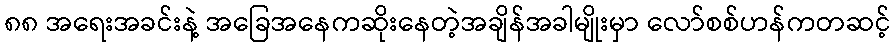
၈၈ အရေးအခင်းနဲ့ အခြေအနေကဆိုးနေတဲ့အချိန်အခါမျိုးမှာ လော်စစ်ဟန်ကတဆင့်